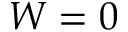
W = 0